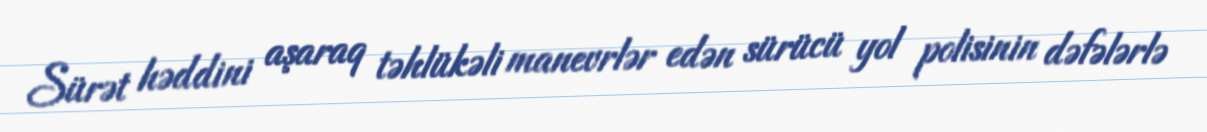
Sürət həddini aşaraq təhlükəli manevrlər edən sürücü yol polisinin dəfələrlə